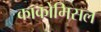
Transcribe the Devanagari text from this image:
काकोमिसल